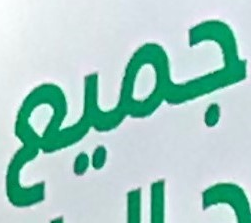
جميع